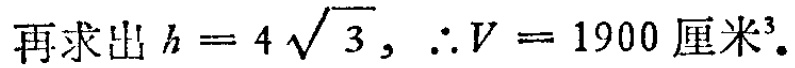
再求出 \(h = 4\sqrt{3}\)，\(\therefore V = 1900\)厘米\(^{3}\)。